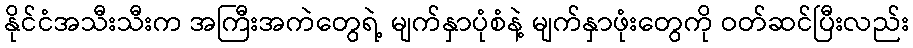
နိုင်ငံအသီးသီးက အကြီးအကဲတွေရဲ့ မျက်နှာပုံစံနဲ့ မျက်နှာဖုံးတွေကို ဝတ်ဆင်ပြီးလည်း